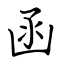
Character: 函